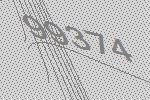
99374